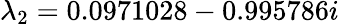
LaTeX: \lambda_{2}=0.0971028-0.995786i